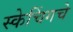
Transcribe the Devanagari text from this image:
स्केचिंगचे